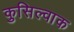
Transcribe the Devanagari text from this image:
कुसिल्वाक